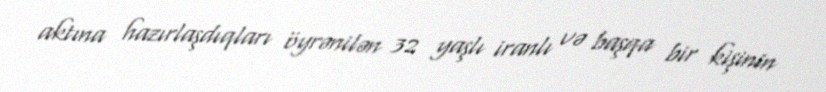
aktına hazırlaşdıqları öyrənilən 32 yaşlı iranlı və başqa bir kişinin